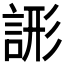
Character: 𧨘